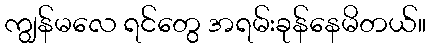
ကျွန်မလေ ရင်တွေ အရမ်းခုန်နေမိတယ်။